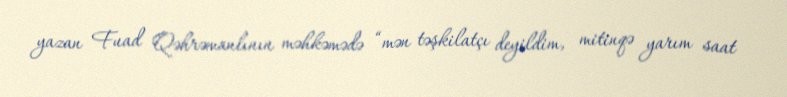
yazan Fuad Qəhrəmanlının məhkəmədə “mən təşkilatçı deyildim, mitinqə yarım saat